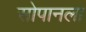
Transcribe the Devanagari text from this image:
सोपानला